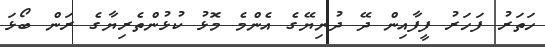
ހަތަރު ފަހަރު ފީފާއިން ދޭ ދުނިޔޭގެ އެންމެ މޮޅު ކުޅުންތެރިޔާގެ ރަން ބޯޅަ